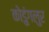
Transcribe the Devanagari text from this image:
कोडुंगलुर